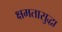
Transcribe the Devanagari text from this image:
क्षमतासुद्धा